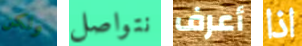
ولكن نتواصل أعرف اذا